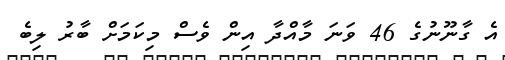
އެ ގާނޫނުގެ 46 ވަނަ މާއްދާ އިން ވެސް މިކަމަށް ބާރު ލިބެ